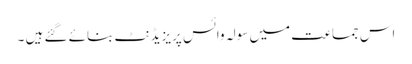
اس جماعت میں سولہ وائس پریزیڈنٹ بنائے گئے ہیں ۔